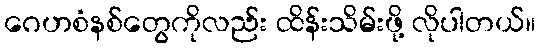
ဂေဟစံနစ်တွေကိုလည်း ထိန်းသိမ်းဖို့ လိုပါတယ်။